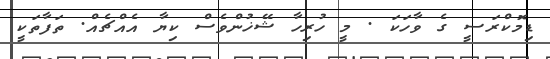
ޑިމޮކްރަސީ ގެ ވާހަކަ . މީ ހުރިހާ ޝޭޚުންވެސް ކިޔާ އެއްޗެއް. ތަފާތަކީ